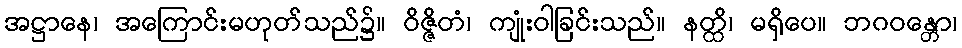
အဋ္ဌာနေ၊ အကြောင်းမဟုတ်သည်၌။ ဝိဇ္ဇိတံ၊ ကျုံးဝါခြင်းသည်။ နတ္ထိ၊ မရှိပေ။ ဘဂဝန္တော၊